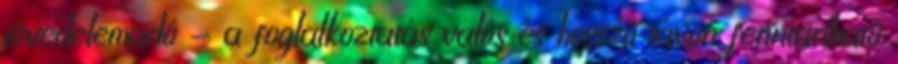
jövedelemadó - a foglalkoztatás valós és hosszú távon fenntartható